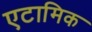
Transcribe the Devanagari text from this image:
एटामिक